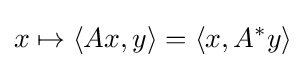
x\mapsto \langle Ax,y\rangle =\langle x,A^{*}y\rangle